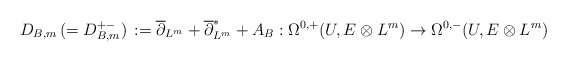
\begin{align*} D_{B,m}\,(=D^{+-}_{B,m})\,:=\overline\partial_{L^m}+\overline{\partial}_{L^m}^{*}+A_B:\Omega^{0,+}(U,E\otimes L^m)\rightarrow\Omega^{0,-}(U,E\otimes L^m)\end{align*}